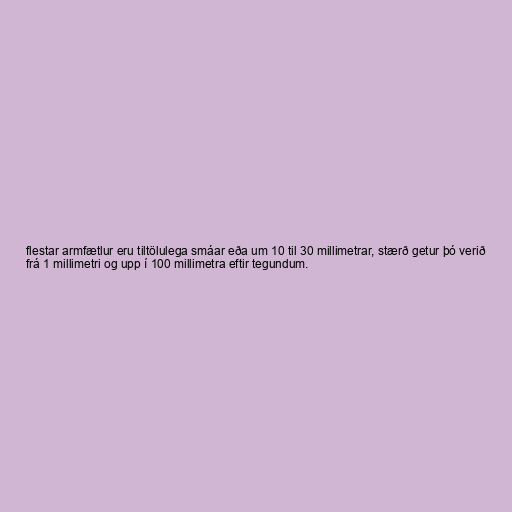
flestar armfætlur eru tiltölulega smáar eða um 10 til 30 millimetrar, stærð getur þó verið
frá 1 millimetri og upp í 100 millimetra eftir tegundum.